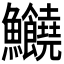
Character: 𩽸